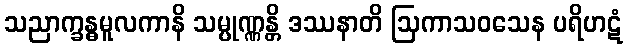
သညာက္ခန္ဓမူလကာနိ သမ္ပုဏ္ဏန္တိ ဒဿနာတိ ဩကာသဝသေန ပရိဟဋံ